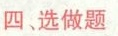
四、选做题